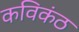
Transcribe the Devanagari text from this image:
कविकंठ